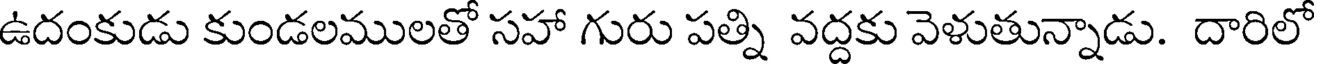
ఉదంకుడు కుండలములతో సహా గురు పత్ని వద్దకు వెళుతున్నాడు. దారిలో